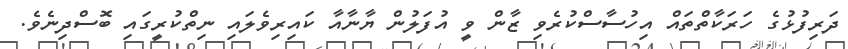
ދަރިފުޅުގެ ހަރަކާތްތައް އިހުސާސްކުރެވި ޒާން ވީ އުފަލުން ޔާނާއާ ކައިރިވެލައި ނިތްކުރީގައި ބޮސްދިނެވެ.